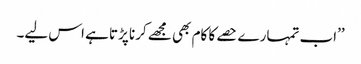
’’اب تمہارے حصے کا کام بھی مجھے کرنا پڑتا ہے اس لیے۔